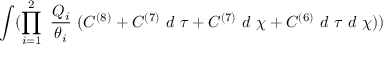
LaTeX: \int ( \prod _ { i = 1 } ^ { 2 } ~ \frac { Q _ { i } } { \theta _ { i } } ~ ( C ^ { ( 8 ) } + C ^ { ( 7 ) } ~ d ~ \tau + C ^ { ( 7 ) } ~ d ~ \chi + C ^ { ( 6 ) } ~ d ~ \tau ~ d ~ \chi ) )